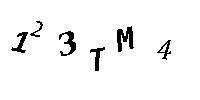
123TM4